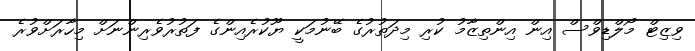
ވިޒިޓް މޯލްޑިވްސް އިން އިންތިޒާމު ކުރި މިދަތުރުގެ ބޭނުމަކީ ޔޫކުރެއިންގެ ފަތުރުވެރިންނަށް މިހާރަށްވުރެ